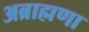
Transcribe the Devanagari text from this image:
अब्राह्मणा